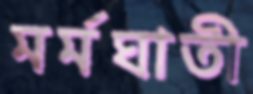
মর্মঘাতী